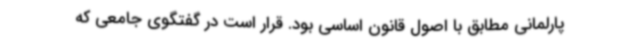
پارلمانی مطابق با اصول قانون اساسی بود. قرار است در گفتگوی جامعی که